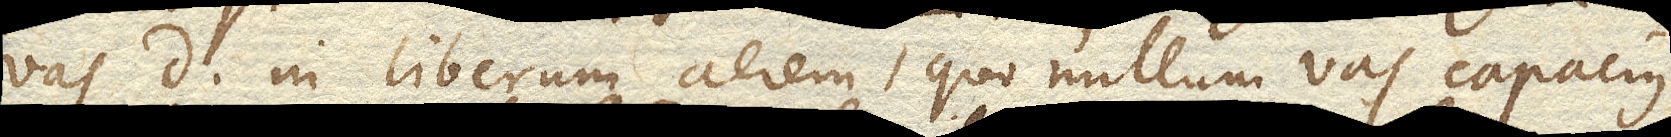
vas D. in liberum aerem, quo nullum vas capacius,